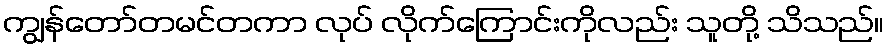
ကျွန်တော်တမင်တကာ လုပ် လိုက်ကြောင်းကိုလည်း သူတို့ သိသည်။